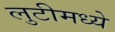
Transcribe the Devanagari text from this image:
लुटीमध्ये